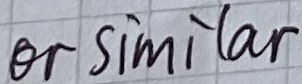
Text: or similar